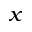
_ x